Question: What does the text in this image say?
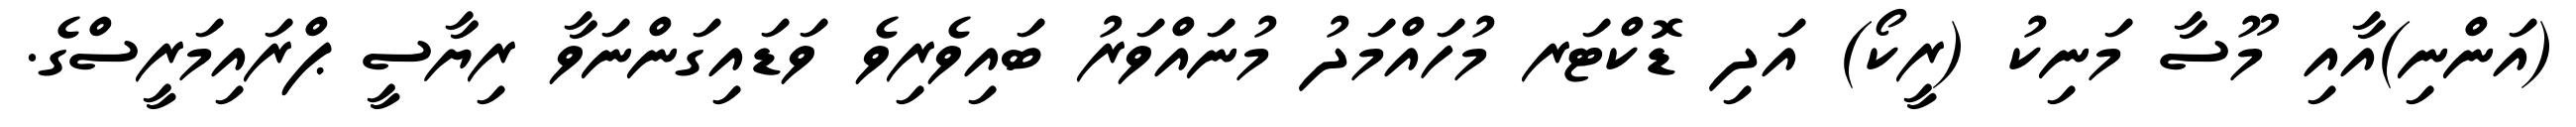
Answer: (އަންނި)އާއި މޫސާ މަނިކު (ރީކޯ) އަދި ޑޮކްޓަރ މުހައްމަދު މުނައްވަރު ބައިވެރިވެ ވަޑައިގަންނަވާ ރިޔާސީ ޕްރައިމަރީސްގެ.